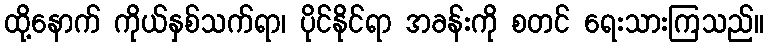
ထို့နောက် ကိုယ်နှစ်သက်ရာ၊ ပိုင်နိုင်ရာ အခန်းကို စတင် ရေးသားကြသည်။